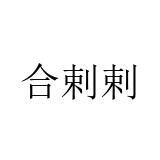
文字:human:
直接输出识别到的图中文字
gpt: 合剌剌